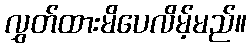
လွှတ်ထားမိပေလိမ့်မည်။